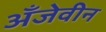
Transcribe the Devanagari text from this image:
अँजेवीन